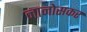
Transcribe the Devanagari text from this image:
नानोसकर